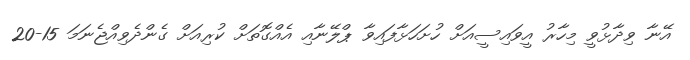
އޭނާ ވިދާޅުވީ މިހާރު އީވައިސީއަށް ހުށަހަޅާފައިވާ ޕްލޭނާއި އެއްގޮތަށް ކުރިއަށް ގެންދެވިއްޖެނަމަ 15-20